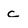
Character: c